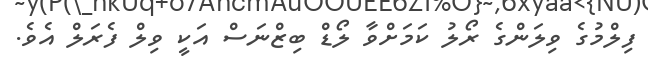
ފިލްމުގެ ވިލަންގެ ރޯލު ކަމަށްވާ ލޯޑް ބިޒްނަސް އަކީ ވިލް ފެރަލް އެވެ.